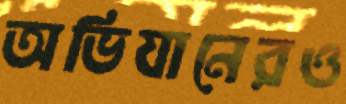
অভিযানেরও